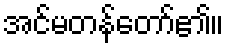
အင်မတန်တော်၏။